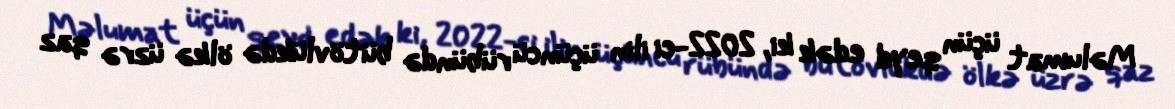
Məlumat üçün qeyd edək ki, 2022-ci ilin üçüncü rübündə bütövlükdə ölkə üzrə qaz